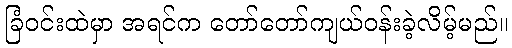
ခြံဝင်းထဲမှာ အရင်က တော်တော်ကျယ်ဝန်းခဲ့လိမ့်မည်။